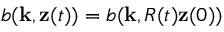
b ( { \bf k } , { \bf z } ( t ) ) = b ( { \bf k } , R ( t ) { \bf z } ( 0 ) )